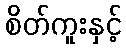
စိတ်ကူးနှင့်